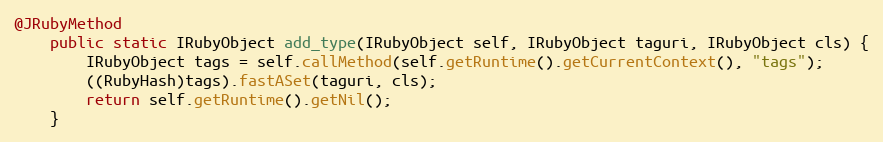
Language: Java
@JRubyMethod
    public static IRubyObject add_type(IRubyObject self, IRubyObject taguri, IRubyObject cls) {
        IRubyObject tags = self.callMethod(self.getRuntime().getCurrentContext(), "tags");
        ((RubyHash)tags).fastASet(taguri, cls);
        return self.getRuntime().getNil();
    }